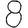
Digit: 8